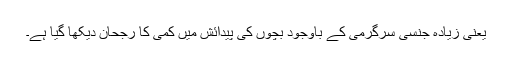
یعنی زیادہ جنسی سرگرمی کے باوجود بچوں کی پیدائش میں کمی کا رجحان دیکھا گیا ہے۔